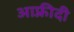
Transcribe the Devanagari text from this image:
आफ़्रीदी